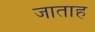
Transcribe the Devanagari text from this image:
जाताह